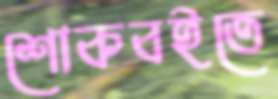
শোকবইতে